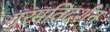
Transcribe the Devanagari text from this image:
गुरमतिदर्शन